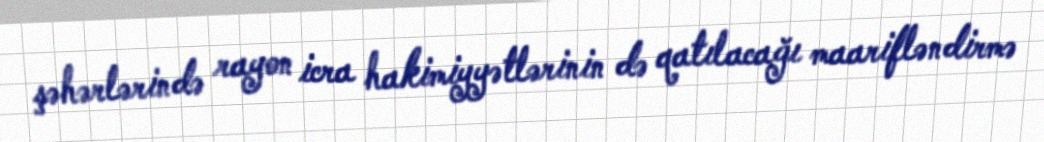
şəhərlərində rayon icra hakimiyyətlərinin də qatılacağı maarifləndirmə